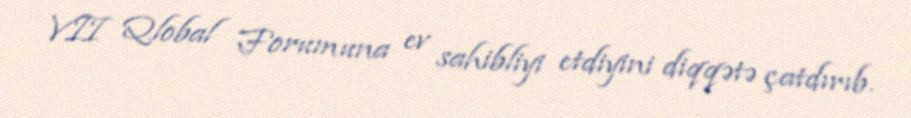
VII Qlobal Forumuna ev sahibliyi etdiyini diqqətə çatdırıb.